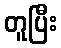
တူပြီး